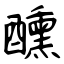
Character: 醺